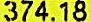
374.18